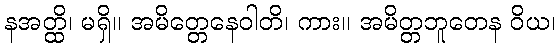
နအတ္ထိ၊ မရှိ။ အမိတ္တေနေဝါတိ၊ ကား။ အမိတ္တဘူတေန ဝိယ၊